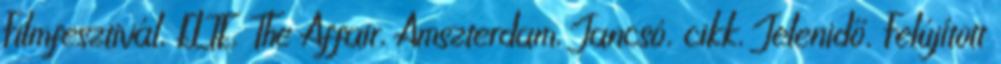
Filmfesztivál, ELTE, The Affair, Amszterdam, Jancsó, cikk, Jelenidő, Felújított